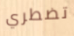
تضطري